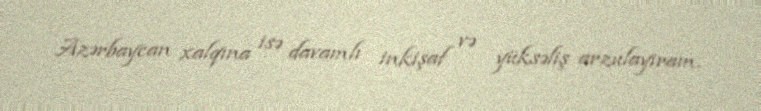
Azərbaycan xalqına isə davamlı inkişaf və yüksəliş arzulayıram.